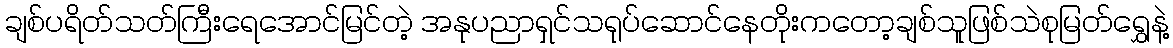
ချစ်ပရိတ်သတ်ကြီးရေအောင်မြင်တဲ့ အနုပညာရှင်သရုပ်ဆောင်နေတိုးကတော့ချစ်သူဖြစ်သဲစုမြတ်ရွှေနဲ့